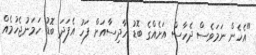
"އެހެން ނަމަވެސް ދެހާސް އަށެއްގެ ބޮޑު ހާދިސާއަށް ފަހު އެފަދަ ބޮޑު ހަމަނުޖެހުމެއް